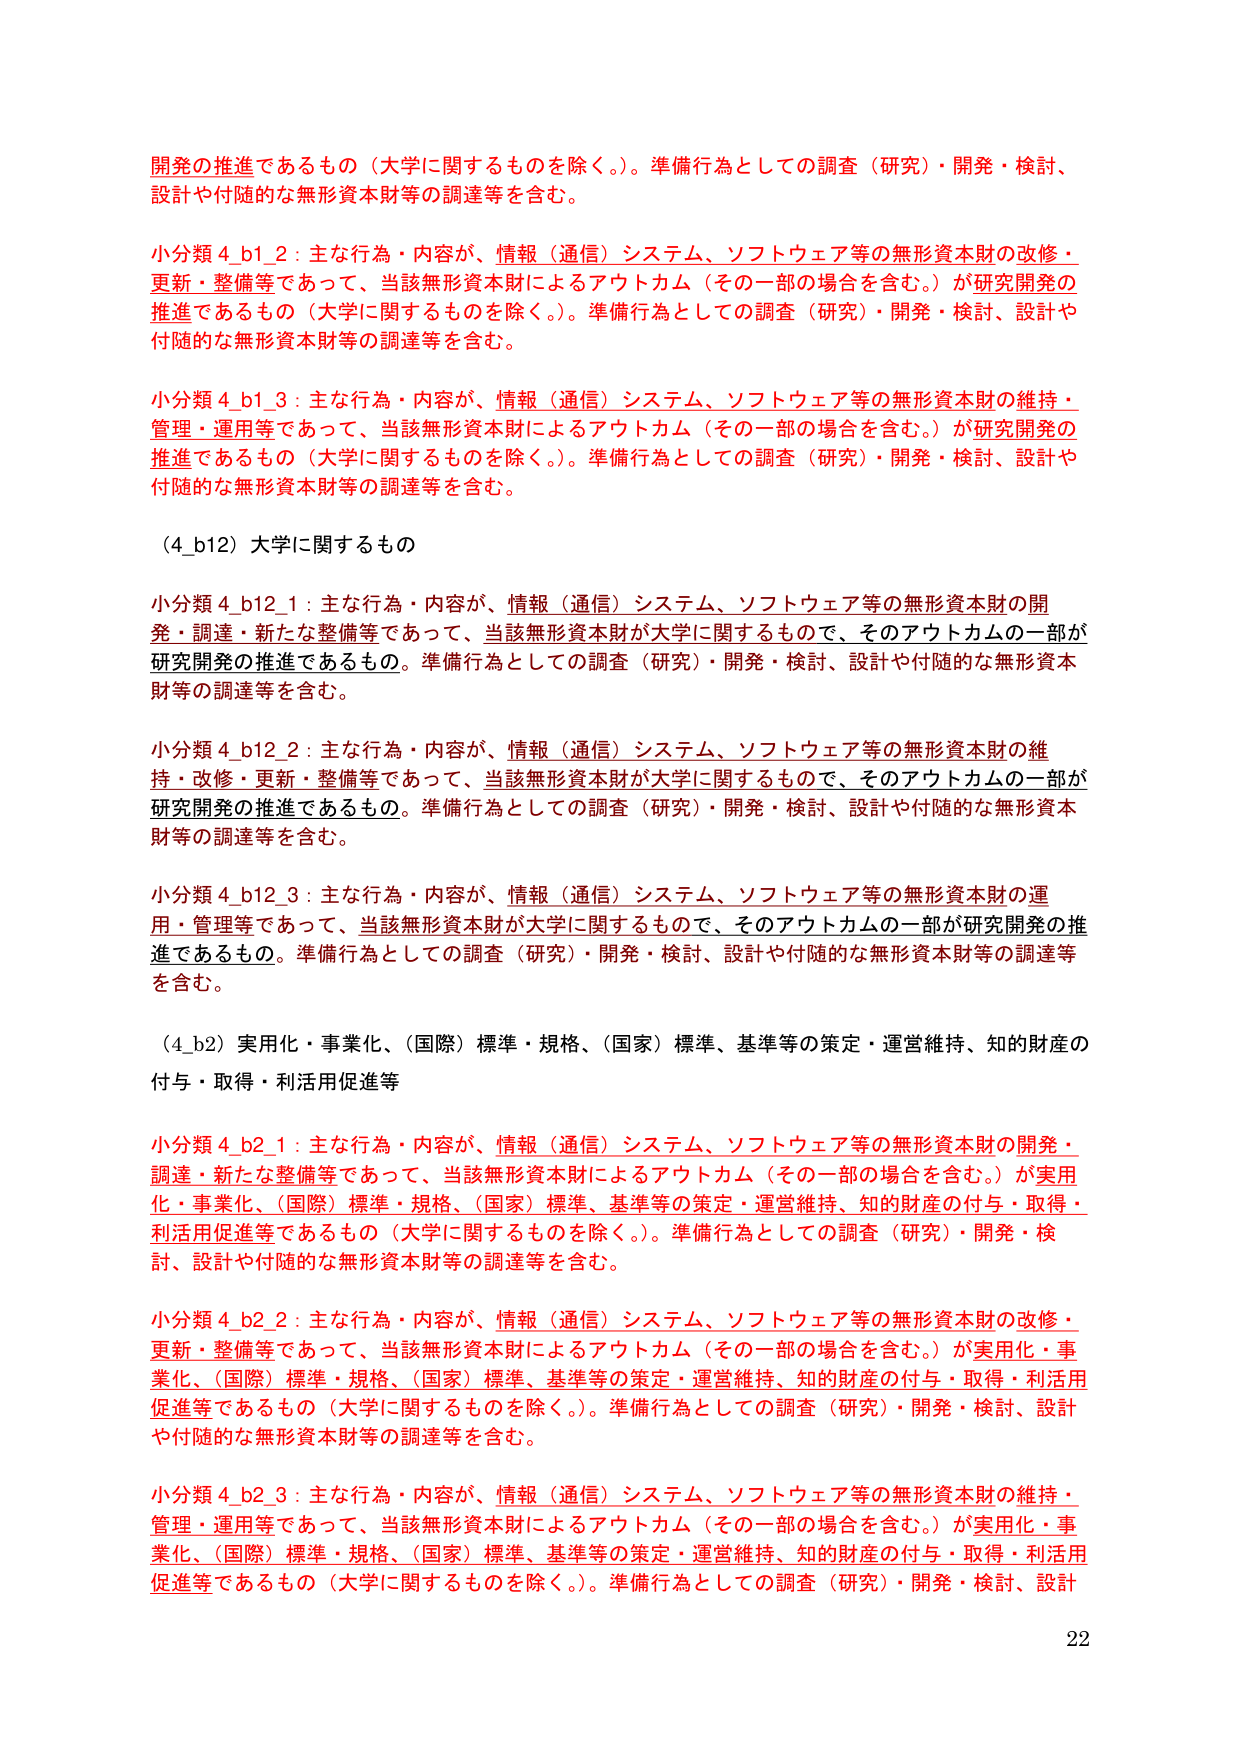
開発の推進であるもの（大学に関するものを除く。）。準備行為としての調査（研究）・開発・検討、設計や付随的な無形資本財等の調達等を含む。

小分類 4_b1_2：主な行為・内容が、情報（通信）システム、ソフトウェア等の無形資本財の改修・更新・整備等であって、当該無形資本財によるアウトカム（その一部の場合を含む。）が研究開発の推進であるもの（大学に関するものを除く。）。準備行為としての調査（研究）・開発・検討、設計や付随的な無形資本財等の調達等を含む。

小分類 4_b1_3：主な行為・内容が、情報（通信）システム、ソフトウェア等の無形資本財の維持・管理・運用等であって、当該無形資本財によるアウトカム（その一部の場合を含む。）が研究開発の推進であるもの（大学に関するものを除く。）。準備行為としての調査（研究）・開発・検討、設計や付随的な無形資本財等の調達等を含む。

（4_b12）大学に関するもの

小分類 4_b12_1：主な行為・内容が、情報（通信）システム、ソフトウェア等の無形資本財の開発・調達・新たな整備等であって、当該無形資本財が大学に関するもので、そのアウトカムの一部が研究開発の推進であるもの。準備行為としての調査（研究）・開発・検討、設計や付随的な無形資本財等の調達等を含む。

小分類 4_b12_2：主な行為・内容が、情報（通信）システム、ソフトウェア等の無形資本財の維持・改修・更新・整備等であって、当該無形資本財が大学に関するもので、そのアウトカムの一部が研究開発の推進であるもの。準備行為としての調査（研究）・開発・検討、設計や付随的な無形資本財等の調達等を含む。

小分類 4_b12_3：主な行為・内容が、情報（通信）システム、ソフトウェア等の無形資本財の運用・管理等であって、当該無形資本財が大学に関するもので、そのアウトカムの一部が研究開発の推進であるもの。準備行為としての調査（研究）・開発・検討、設計や付随的な無形資本財等の調達等を含む。

（4_b2）実用化・事業化、（国際）標準・規格、（国家）標準、基準等の策定・運営維持、知的財産の付与・取得・利活用促進等

小分類 4_b2_1：主な行為・内容が、情報（通信）システム、ソフトウェア等の無形資本財の開発・調達・新たな整備等であって、当該無形資本財によるアウトカム（その一部の場合を含む。）が実用化・事業化、（国際）標準・規格、（国家）標準、基準等の策定・運営維持、知的財産の付与・取得・利活用促進等であるもの（大学に関するものを除く。）。準備行為としての調査（研究）・開発・検討、設計や付随的な無形資本財等の調達等を含む。

小分類 4_b2_2：主な行為・内容が、情報（通信）システム、ソフトウェア等の無形資本財の改修・更新・整備等であって、当該無形資本財によるアウトカム（その一部の場合を含む。）が実用化・事業化、（国際）標準・規格、（国家）標準、基準等の策定・運営維持、知的財産の付与・取得・利活用促進等であるもの（大学に関するものを除く。）。準備行為としての調査（研究）・開発・検討、設計や付随的な無形資本財等の調達等を含む。

小分類 4_b2_3：主な行為・内容が、情報（通信）システム、ソフトウェア等の無形資本財の維持・管理・運用等であって、当該無形資本財によるアウトカム（その一部の場合を含む。）が実用化・事業化、（国際）標準・規格、（国家）標準、基準等の策定・運営維持、知的財産の付与・取得・利活用促進等であるもの（大学に関するものを除く。）。準備行為としての調査（研究）・開発・検討、設計

22